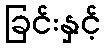
ခြင်းနှင့်